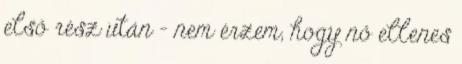
első rész után – nem érzem, hogy nő ellenes